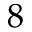
8